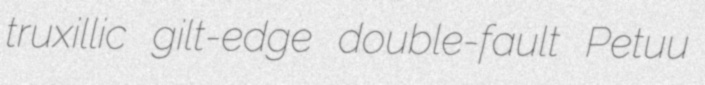
truxillic gilt-edge double-fault Petuu